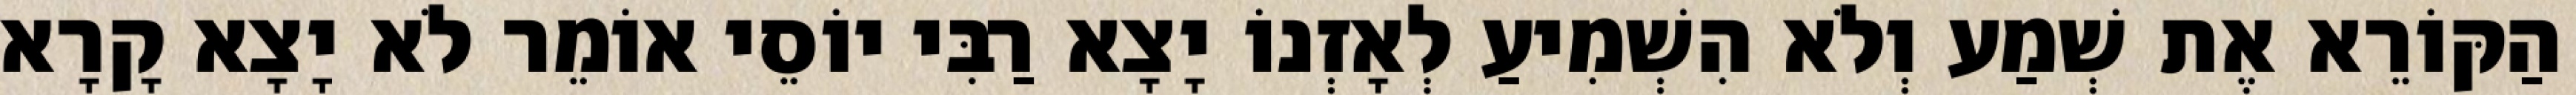
הַקּוֹרֵא אֶת שְׁמַע וְלֹא הִשְׁמִיעַ לְאָזְנוֹ יָצָא רַבִּי יוֹסֵי אוֹמֵר לֹא יָצָא קָרָא